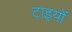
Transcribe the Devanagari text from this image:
टाइयों